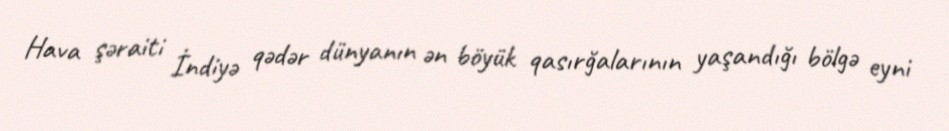
Hava şəraiti İndiyə qədər dünyanın ən böyük qasırğalarının yaşandığı bölgə eyni